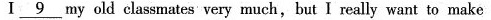
Ⅰ\underline{9} my old classmates very much,but I really want to make